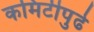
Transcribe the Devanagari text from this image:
कमिटीपुढे